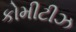
કોમીટીઝ